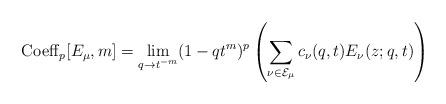
LaTeX: \begin{align*}{\rm Coeff}_p[E_{\mu},m]=\lim_{q \rightarrow t^{-m}}(1-qt^{m})^p\left(\sum_{\nu \in \mathcal{E}_{\mu}}c_{\nu}(q,t) E_{\nu}(z;q,t)\right)\end{align*}